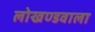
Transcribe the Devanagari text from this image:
लोखण्डवाला